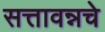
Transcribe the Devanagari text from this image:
सत्तावन्नचे